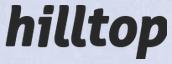
hilltop